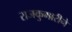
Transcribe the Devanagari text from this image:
राजकुमारीने